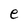
Character: e